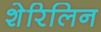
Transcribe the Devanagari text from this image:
शेरिलिन